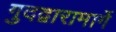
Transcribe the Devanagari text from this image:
गुदद्वारामार्गे